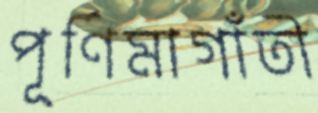
পূর্ণিমাগাঁতী